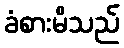
ခံစားမိသည်